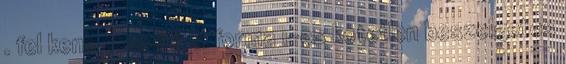
. fel kene ebredni. A forma 1-es kotetlen beszelgetes